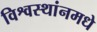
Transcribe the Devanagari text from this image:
विश्वस्थांनमधे